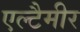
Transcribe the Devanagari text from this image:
एल्टैमीर